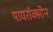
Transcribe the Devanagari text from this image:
पायरॉक्सीन